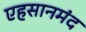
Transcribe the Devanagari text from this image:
एहसानमंद